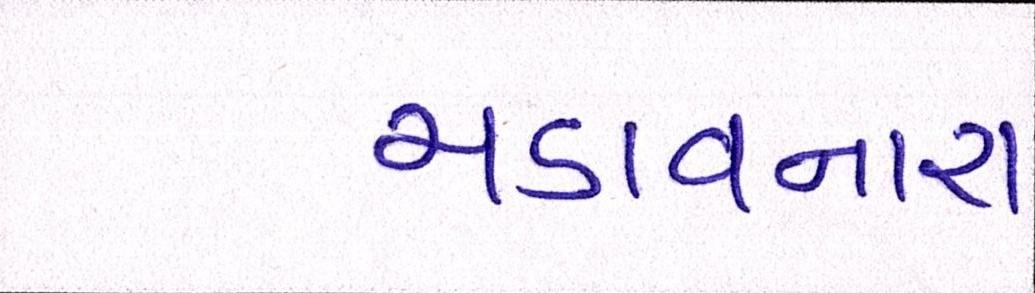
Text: ચડાવનારા